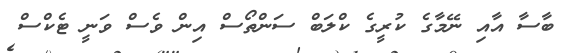
ބާސާ އާއި ނޭމާގެ ކުރީގެ ކްލަބް ސަންތޯސް އިން ވެސް ވަނީ ޓެކްސް